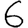
Digit: 6